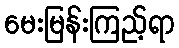
မေးမြန်းကြည့်ရာ